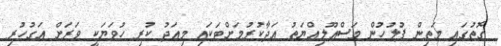
ގޮތުގައި މަތިން ފުލުހުން މަސްއޫލިއްޔަތު އަދާކުރުމަށްޓަކައި މިއަދު ކުރި ހުވަޔަކީ ވަރަށް އަގުހުރި